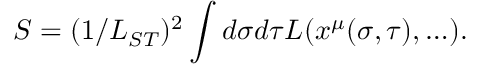
S = ( 1 / L _ { S T } ) ^ { 2 } \int d \sigma d \tau { \cal L } ( x ^ { \mu } ( \sigma , \tau ) , \ldots ) .